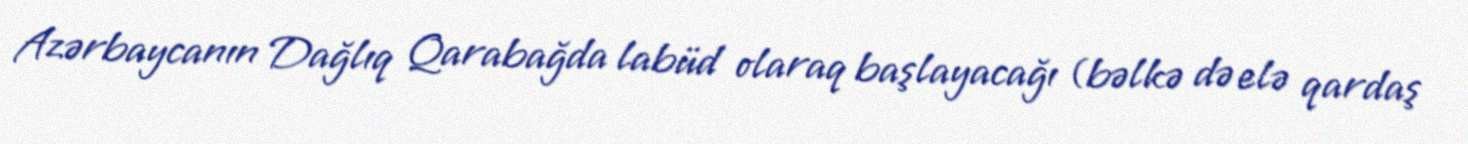
Azərbaycanın Dağlıq Qarabağda labüd olaraq başlayacağı (bəlkə də elə qardaş